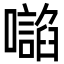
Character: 𭌂